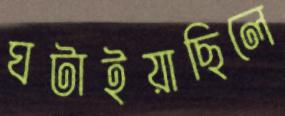
ঘটাইয়াছিলে